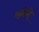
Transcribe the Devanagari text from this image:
ख्मेरी